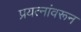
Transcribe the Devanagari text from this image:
प्रयत्‍नांवरून